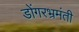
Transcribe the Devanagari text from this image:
डोंगरभ्रमंती